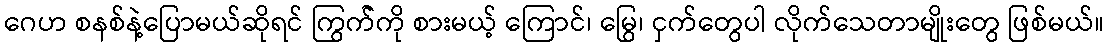
ဂေဟ စနစ်နဲ့ပြောမယ်ဆိုရင် ကြွက််ကို စားမယ့် ကြောင်၊ မြွေ၊ ငှက်တွေပါ လိုက်သေတာမျိုးတွေ ဖြစ်မယ်။